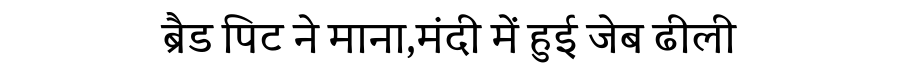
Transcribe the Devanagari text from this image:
ब्रैड पिट ने माना,मंदी में हुई जेब ढीली